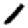
Digit: 1